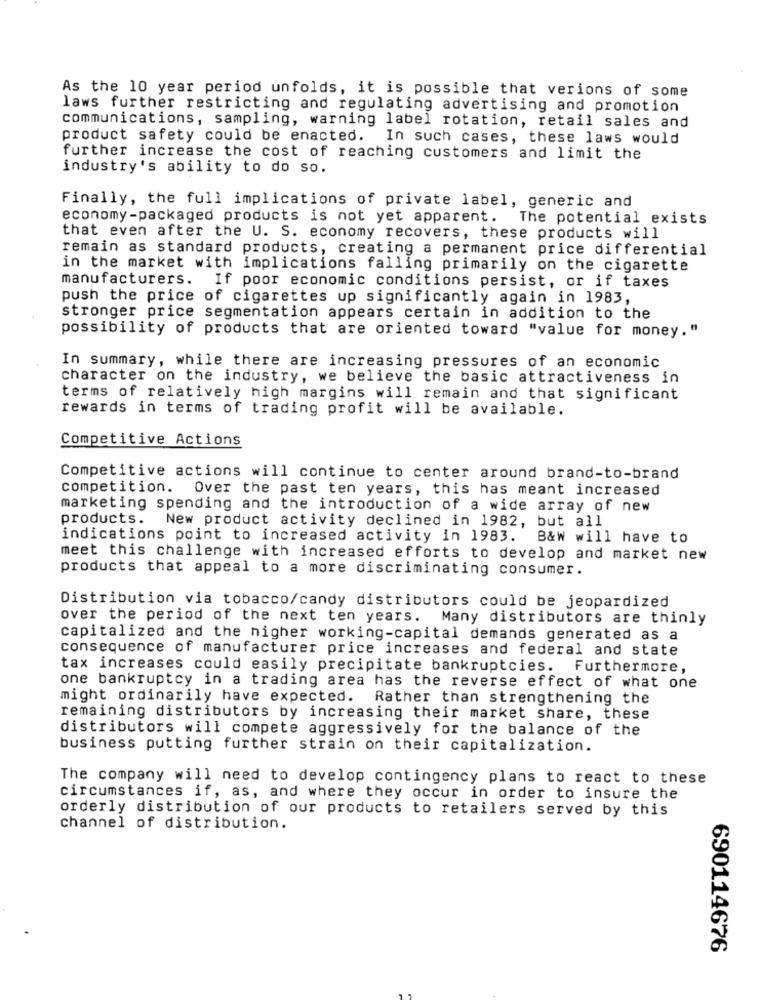
As the 10 year period unfolds, it is possible that verions of some
laws further restricting and regulating advertising and promotion
communications, sampling, warning label rotation, retail sales and
product safety could be enacted. In such cases, these laws would
further increase the cost of reaching customers and limit the
industry's ability to do so.
Finally, the full implications of private label, generic and
economy-packaged products is not yet apparent. The potential exists
that even after the U. S. economy recovers, these products will
remain as standard products, creating a permanent price differential
in the market with implications falling primarily on the cigarette
manufacturers. If poor economic conditions persist, or if taxes
push the price of cigarettes up significantly again in 1983,
stronger price segmentation appears certain in addition to the
possibility of products that are oriented toward "value for money."
In summary, while there are increasing pressures of an economic
character on the industry, we believe the basic attractiveness in
terms of relatively high margins will remain and that significant
rewards in terms of trading profit will be available.
Competitive Actions
Competitive actions will continue to center around brand-to-brand
competition. Over the past ten years, this has meant increased
marketing spending and the introduction of a wide array of new
products.
New product activity declined in 1982, but all
indications point to increased activity in 1983. B&W will have to
meet this challenge with increased efforts to develop and market new
products that appeal to a more discriminating consumer.
Distribution via tobacco/candy distributors could be jeopardized
over the period of the next ten years. Many distributors are thinly
capitalized and the higher working-capital demands generated as a
consequence of manufacturer price increases and federal and state
tax increases could easily precipitate bankruptcies.
Furthermore,
one bankruptcy in a trading area has the reverse effect of what one
might ordinarily have expected.
Rather than strengthening the
remaining distributors by increasing their market share, these
distributors will compete aggressively for the balance of the
business putting further strain on their capitalization.
The company will need to develop contingency plans to react to these
circumstances if, as, and where they occur in order to insure the
orderly distribution of our products to retailers served by this
channel of distribution.
690114676